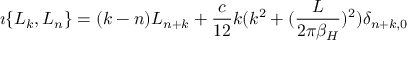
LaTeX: \imath \{ L _ { k } , L _ { n } \} = ( k - n ) L _ { n + k } + { \frac { c } { 1 2 } } k ( k ^ { 2 } + ( { \frac { L } { 2 \pi \beta _ { H } } } ) ^ { 2 } ) \delta _ { n + k , 0 }